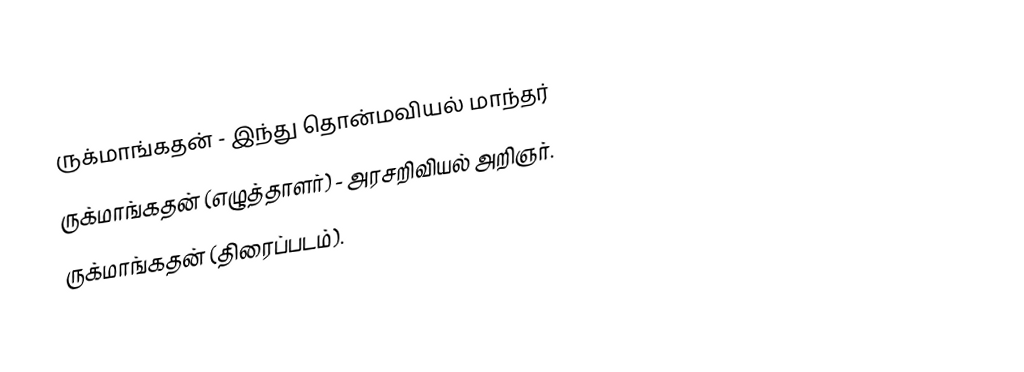
ருக்மாங்கதன் - இந்து தொன்மவியல் மாந்தர்
 ருக்மாங்கதன் (எழுத்தாளர்) - அரசறிவியல் அறிஞர்.
 ருக்மாங்கதன் (திரைப்படம்).